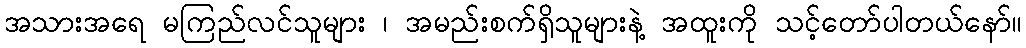
အသားအရေ မကြည်လင်သူများ ၊ အမည်းစက်ရှိသူများနဲ့ အထူးကို သင့်တော်ပါတယ်နော်။